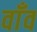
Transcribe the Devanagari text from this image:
वाँव